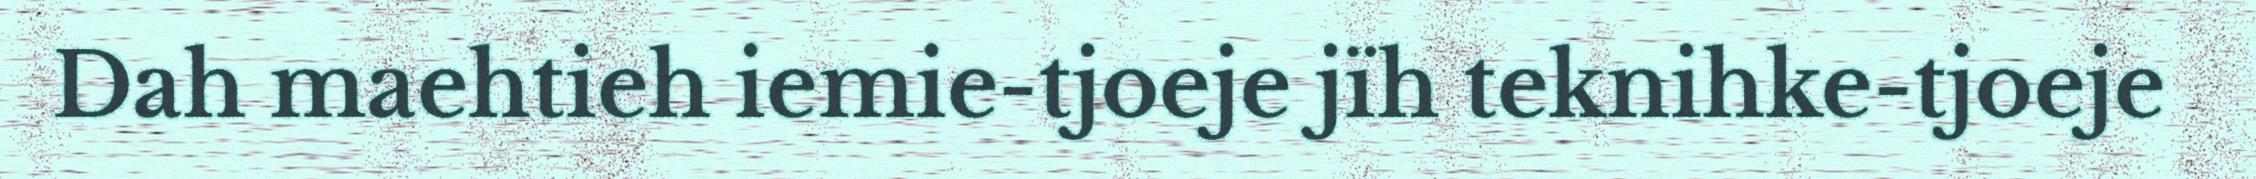
Dah maehtieh iemie-tjoeje jïh teknihke-tjoeje